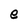
Character: e